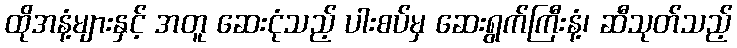
ထိုအနံ့များနှင့် အတူ ဆေးငုံသည့် ပါးစပ်မှ ဆေးရွက်ကြီးနံ့၊ ဆီသုတ်သည့်